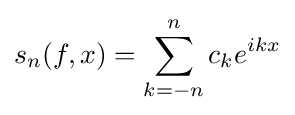
s_{n}(f,x)=\sum _{k=-n}^{n}c_{k}e^{ikx}